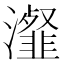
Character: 瀣